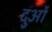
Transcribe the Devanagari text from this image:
दुओं